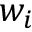
w _ { i }